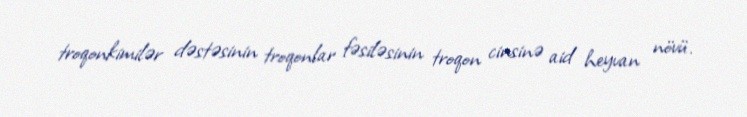
troqonkimilər dəstəsinin troqonlar fəsiləsinin troqon cinsinə aid heyvan növü.